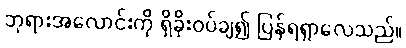
ဘုရားအလောင်းကို ရှိခိုးဝပ်ချ၍ ပြန်ရရှာလေသည်။